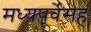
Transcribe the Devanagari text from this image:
मध्यपूर्वेसह